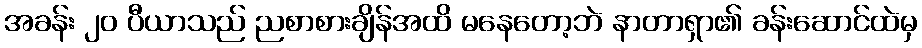
အခန်း ၂၀ ပီယာသည် ညစာစားချိန်အထိ မနေတော့ဘဲ နာတာရှာ၏ ခန်းဆောင်ထဲမှ